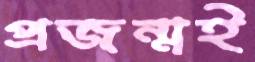
প্রজন্মই